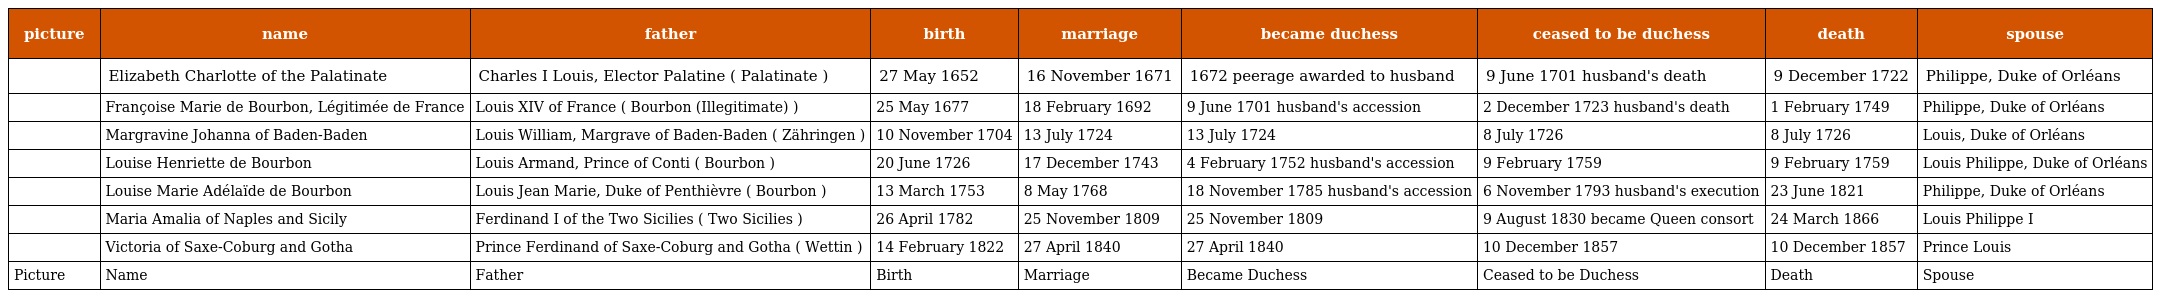
| picture | name | father | birth | marriage | became duchess | ceased to be duchess | death | spouse |
 | --- | --- | --- | --- | --- | --- | --- | --- | --- |
 |  | Elizabeth Charlotte of the Palatinate | Charles I Louis, Elector Palatine ( Palatinate ) | 27 May 1652 | 16 November 1671 | 1672 peerage awarded to husband | 9 June 1701 husband's death | 9 December 1722 | Philippe, Duke of Orléans |
 |  | Françoise Marie de Bourbon, Légitimée de France | Louis XIV of France ( Bourbon (Illegitimate) ) | 25 May 1677 | 18 February 1692 | 9 June 1701 husband's accession | 2 December 1723 husband's death | 1 February 1749 | Philippe, Duke of Orléans |
 |  | Margravine Johanna of Baden-Baden | Louis William, Margrave of Baden-Baden ( Zähringen ) | 10 November 1704 | 13 July 1724 | 13 July 1724 | 8 July 1726 | 8 July 1726 | Louis, Duke of Orléans |
 |  | Louise Henriette de Bourbon | Louis Armand, Prince of Conti ( Bourbon ) | 20 June 1726 | 17 December 1743 | 4 February 1752 husband's accession | 9 February 1759 | 9 February 1759 | Louis Philippe, Duke of Orléans |
 |  | Louise Marie Adélaïde de Bourbon | Louis Jean Marie, Duke of Penthièvre ( Bourbon ) | 13 March 1753 | 8 May 1768 | 18 November 1785 husband's accession | 6 November 1793 husband's execution | 23 June 1821 | Philippe, Duke of Orléans |
 |  | Maria Amalia of Naples and Sicily | Ferdinand I of the Two Sicilies ( Two Sicilies ) | 26 April 1782 | 25 November 1809 | 25 November 1809 | 9 August 1830 became Queen consort | 24 March 1866 | Louis Philippe I |
 |  | Victoria of Saxe-Coburg and Gotha | Prince Ferdinand of Saxe-Coburg and Gotha ( Wettin ) | 14 February 1822 | 27 April 1840 | 27 April 1840 | 10 December 1857 | 10 December 1857 | Prince Louis |
 | Picture | Name | Father | Birth | Marriage | Became Duchess | Ceased to be Duchess | Death | Spouse |